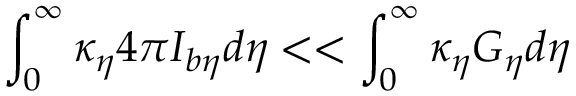
\int _ { 0 } ^ { \infty } \kappa _ { \eta } 4 \pi I _ { b \eta } d \eta < < \int _ { 0 } ^ { \infty } \kappa _ { \eta } G _ { \eta } d \eta